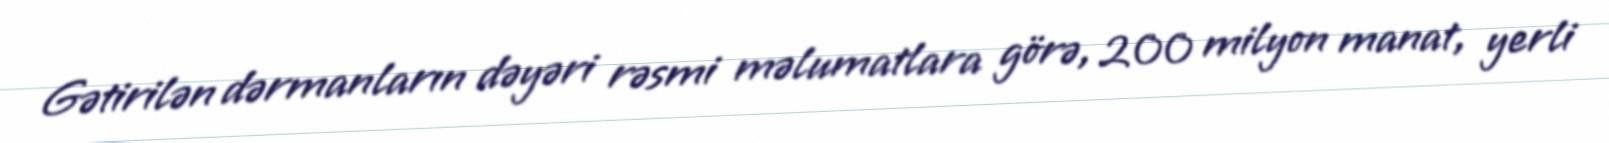
Gətirilən dərmanların dəyəri rəsmi məlumatlara görə, 200 milyon manat, yerli